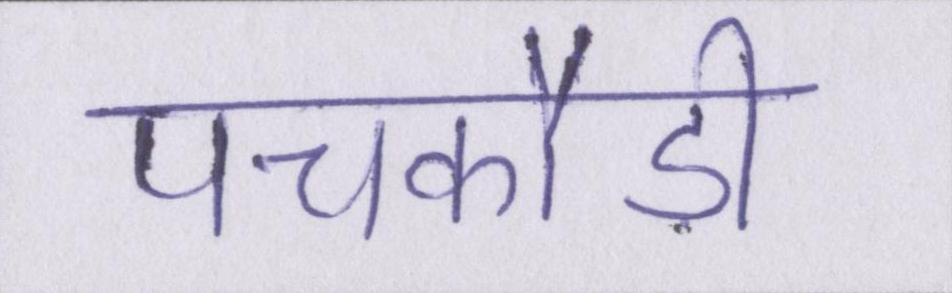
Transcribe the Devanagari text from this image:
पचकौड़ी